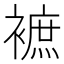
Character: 𧜥